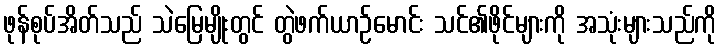
ဖုန်စုပ်အိတ်သည် သဲမြေမျိုးတွင် တွဲဖက်ယာဉ်မောင်း သင်၏ဖိုင်များကို အသုံးများသည်ကို